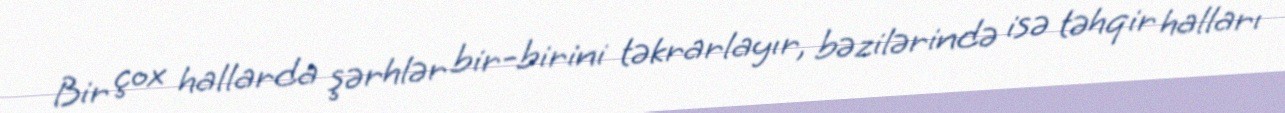
Bir çox hallarda şərhlər bir-birini təkrarlayır, bəzilərində isə təhqir halları